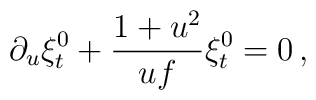
\partial_{u} \xi_{t}^0  + {1+u^2\over u f} \xi_{t}^0  =0\,,